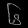
Digit: ၆